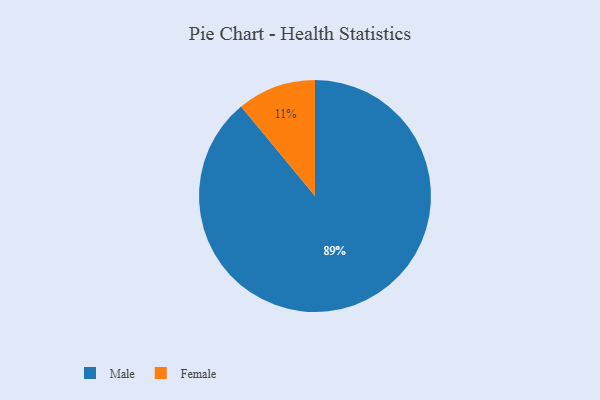
{"axis": {"x": "Category", "y": "Percentage"}, "legend": ["Female", "Male"], "data": [{"x": "Male", "y": 89, "type": "Male"}, {"x": "Female", "y": 11, "type": "Female"}]}